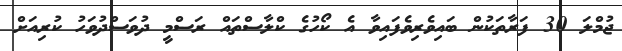
ޖުމްލަ 30 ފަރާތަކުން ބައިވެރިވެފައިވާ އެ ކޯހުގެ ކްލާސްތައް ރަސްމީ ދުވަސްދުވަހު ކުރިއަށް